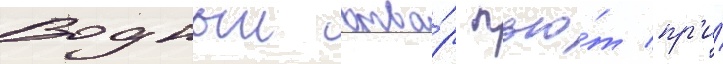
Водныи отва́р пью́т пр'и́